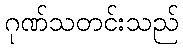
ဂုဏ်သတင်းသည်